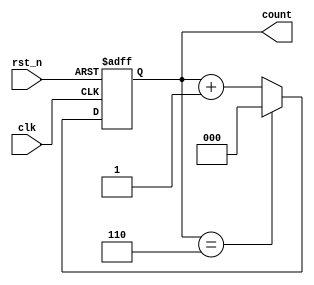
module mod7_counter (
    input wire clk,
    input wire rst_n,
    output reg [2:0] count
);

    always @(posedge clk or negedge rst_n) begin
        if (~rst_n) begin
            count <= 3'b000;
        end else begin
            if (count == 3'b110)
                count <= 3'b000;
            else
                count <= count + 1;
        end
    end

endmodule